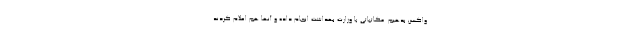
واکسن بدهیم. مکاتباتی با وزارت بهداشت انجام داده و آنها هم اعلام کردند